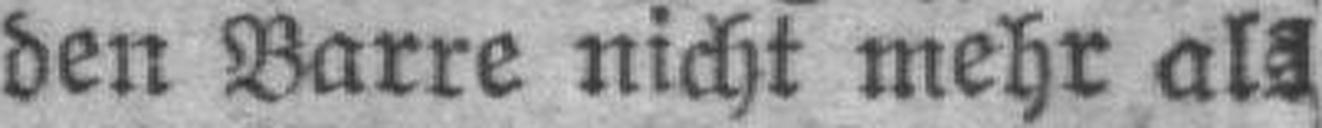
den Barre nicht mehr als